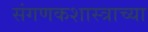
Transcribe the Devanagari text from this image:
संगणकशास्त्राच्या